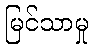
မြင်သာမှု